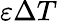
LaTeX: \varepsilon\Delta T